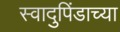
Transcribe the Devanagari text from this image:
स्वादुपिंडाच्या